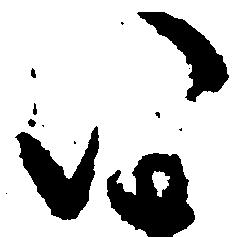
い